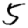
Digit: 5